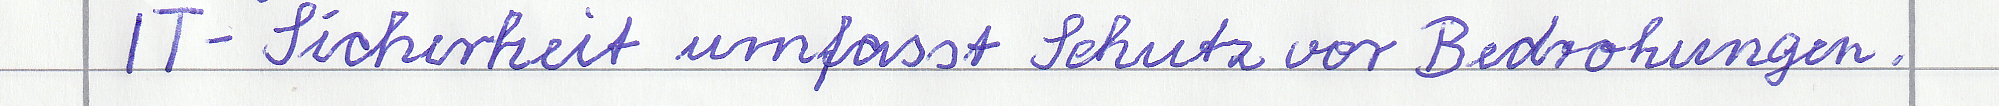
IT-Sicherheit umfasst Schutz vor Bedrohungen.